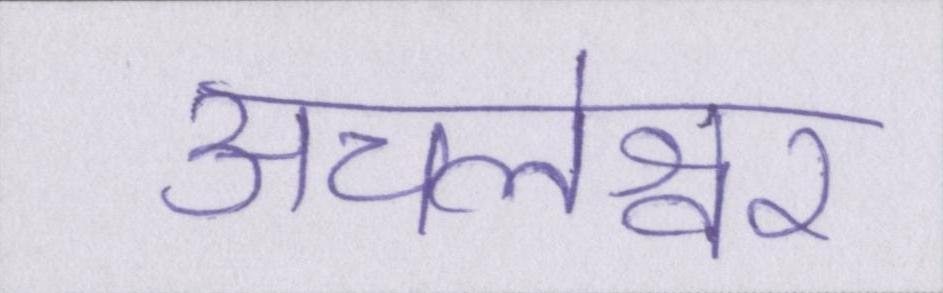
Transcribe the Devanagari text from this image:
अचलेश्वर